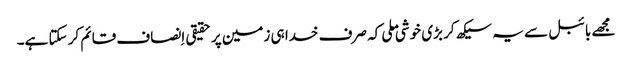
‏ مجھے بائبل سے یہ سیکھ کر بڑی خوشی ملی کہ صرف خدا ہی زمین پر حقیقی اِنصاف قائم کر سکتا ہے۔